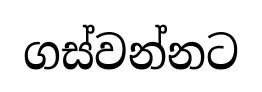
ගස්වන්නට